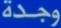
وجدة